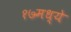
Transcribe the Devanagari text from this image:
१७मध्ये